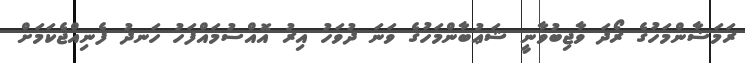
ރަމަޟާންމަހުގެ ރޯދަ ވާޖިބުވާނީ ޝަޢުބާންމަހުގެ ވަނަ ދުވަހު އިރު އޮއްސުމައްފަހު ހަނދު ފެނިއްޖެކަމަށް